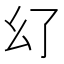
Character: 𢆴